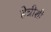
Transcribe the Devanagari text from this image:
हेन्रीशी